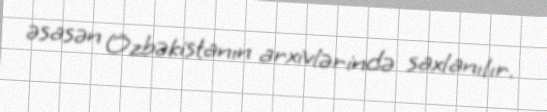
əsasən Özbəkistanın arxivlərində saxlanılır.